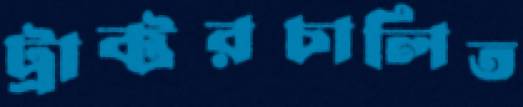
ট্রাক্টরচালিত